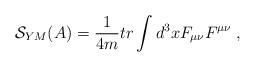
LaTeX: \begin{align*}\mathcal{S}_{YM}(A)=\frac 1{4m}tr\int d^3xF_{\mu \nu }F^{\mu \nu }\;,\end{align*}